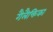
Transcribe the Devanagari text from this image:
गैलैक्तिका